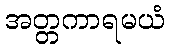
အတ္တကာရမယံ